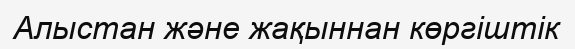
Алыстан және жақыннан көргіштік